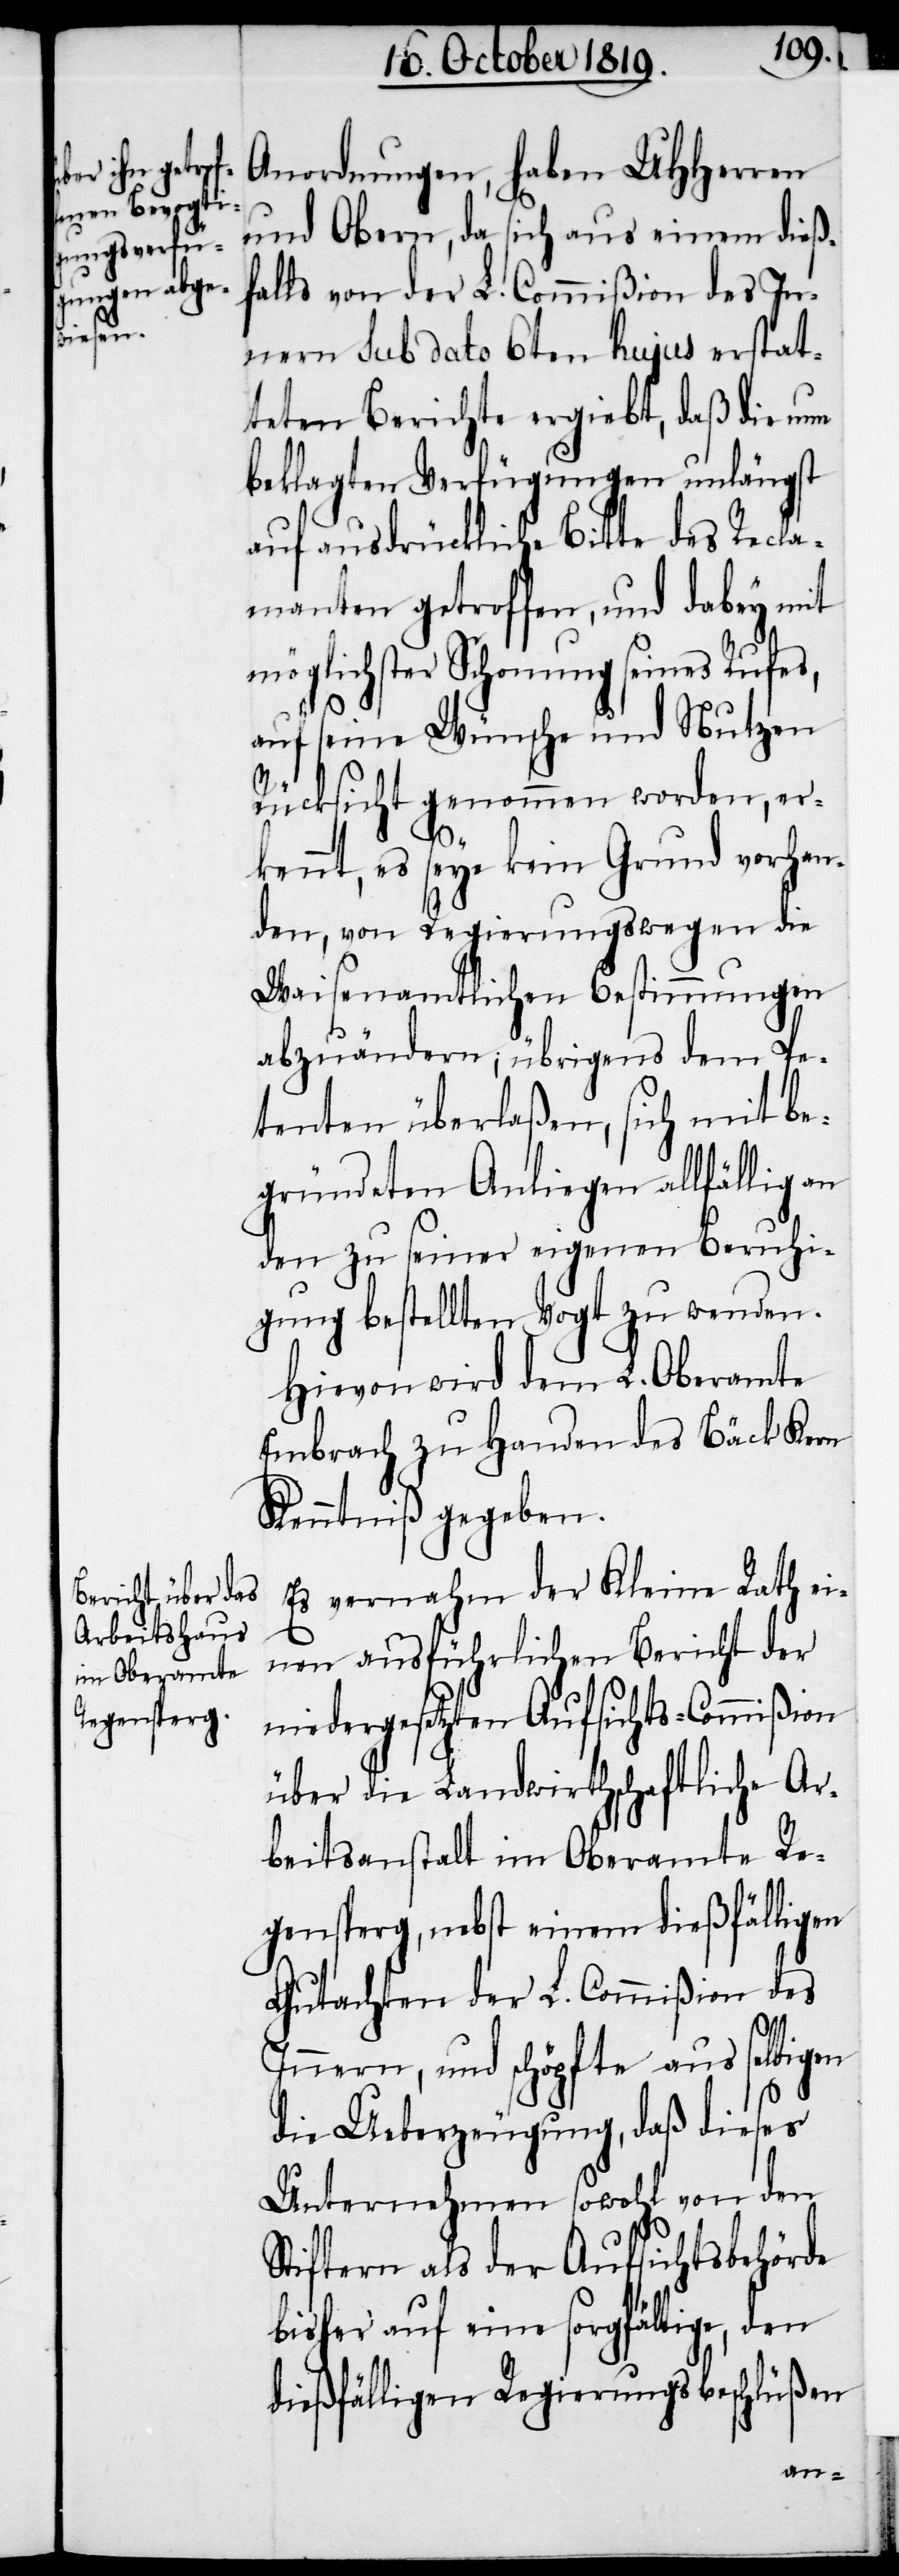
Anordnungen, haben UHHerren
und Obern, da sich aus einem dießf¬
alls von der L. Commißion des In¬
nern sub dato 6ten hujus erstat¬
teten Berichte ergiebt, daß die nun
beklagten Verfügungen unlängst
auf ausdrückliche Bitte des Recla¬
manten getroffen, und dabey mit
möglichster Schonung seines Rufes,
auf seine Wünsche und Nutzen
Rücksicht genommen worden, er¬
kennt, es seye kein Grund vorhan¬
den, von Regierungswegen die
Waisenamtlichen Bestimmungen
abzuändern; übrigens dem Pe¬
tenten überlaßen, sich mit be¬
gründeten Anliegen allfällig an
den zu seiner eigenen Beruhi¬
gung bestellten Vogt zu wenden.
Hievon wird dem L. Oberamte
Embrach zu Handen des Bäck Kern
Kenntniß gegeben.
Es vernahm der Kleine Rath ei¬
nen ausführlichen Bericht der
niedergesetzten Aufsichts-Commißion
über die Landwirthschaftliche Ar¬
beitsanstalt im Oberamte Re¬
gensperg, nebst einem dießfälligen
Gutachten der L. Commißion des
Innern, und schöpfte aus selbigen
die Ueberzeugung, daß dieses
Unternehmen sowohl von den
Stiftern als der Aufsichtsbehörde
bisher auf eine sorgfältige, den
dießfälligen Regierungsbeschlüßen